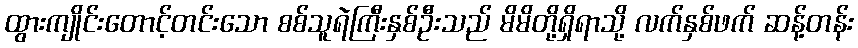
ထွားကျိုင်းတောင့်တင်းသော စစ်သူရဲကြီးနှစ်ဦးသည် မိမိတို့ရှိရာသို့ လက်နှစ်ဖက် ဆန့်တန်း